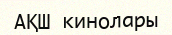
АҚШ кинолары